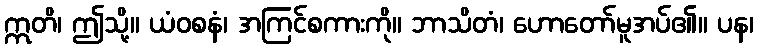
ဣတိ၊ ဤသို့။ ယံဝစနံ၊ အကြင်စကားကို။ ဘာသိတံ၊ ဟောတော်မူအပ်၏။ ပန၊